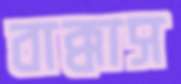
বাক্কাস